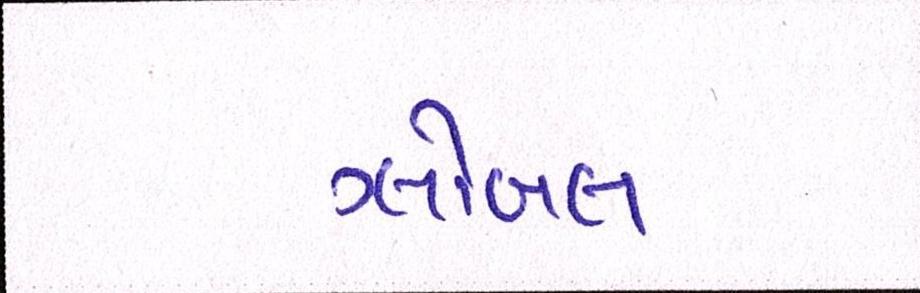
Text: ગ્લોબલ